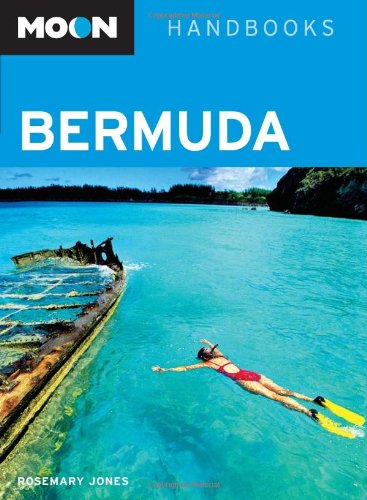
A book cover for Moon Bermuda (Moon Handbooks); Rosemary Jones; Travel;